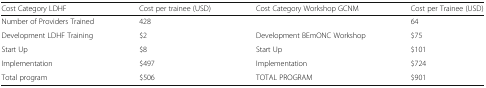
<table><thead><tr><td><b>Cost Category LDHF</b></td><td><b>Cost per trainee (USD)</b></td><td><b>Cost Category Workshop GCNM</b></td><td><b>Cost per Trainee (USD)</b></td></tr></thead><tbody><tr><td>Number of Providers Trained</td><td>428</td><td></td><td>64</td></tr><tr><td>Development LDHF Training</td><td>$2</td><td>Development BEmONC Workshop</td><td>$75</td></tr><tr><td>Start Up</td><td>$8</td><td>Start Up</td><td>$101</td></tr><tr><td>Implementation</td><td>$497</td><td>Implementation</td><td>$724</td></tr><tr><td>Total program</td><td>$506</td><td>TOTAL PROGRAM</td><td>$901</td></tr></tbody></table>